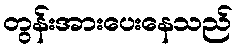
တွန်းအားပေးနေသည်